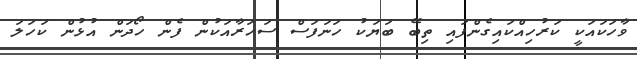
ވާހަކައަކީ ކަރުހިއްކައިގެންފައި ތިބޭ ބަޔަކު ހަނަފަސް ސަހަރާއަކުން ފެން ހޯދަން އުޅުން ކަހަލަ